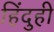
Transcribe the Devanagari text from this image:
हिंदुही